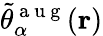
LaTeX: \tilde{\theta}_{\alpha}^{\mathrm{~a~u~g~}}(\mathbf{r})